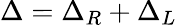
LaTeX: \Delta=\Delta_{R}+\Delta_{L}